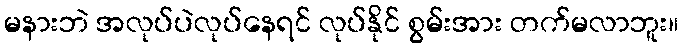
မနားဘဲ အလုပ်ပဲလုပ်နေရင် လုပ်နိုင် စွမ်းအား တက်မလာဘူး။